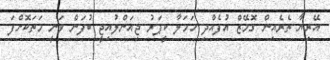
އޭރިޔާ ތެރެއިން ގޮމޭޒް އުފެއްދި ހަމަލާ ކީޕަރު ޖިއަންލުއިޖީ ބުފަން ވަނީ މަތަކޮށްފަ